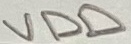
Text: VDD